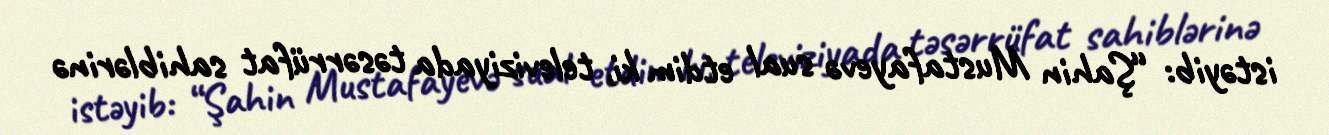
istəyib: “Şahin Mustafayevə sual etdim ki, televiziyada təsərrüfat sahiblərinə